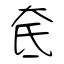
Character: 奃